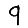
Digit: 9